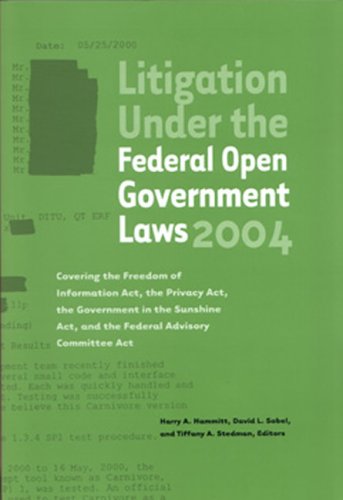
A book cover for Litigation Under the Federal Open Government Laws (FOIA) 2004: Covering the Freedom of Information Act, the Privacy Act, the Government in the Sunshine Act, and the Federal Advisory Committee Act; Harry Hammit; Law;